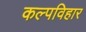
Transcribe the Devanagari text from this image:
कल्पविहार